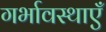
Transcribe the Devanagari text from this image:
गर्भावस्थाएँ